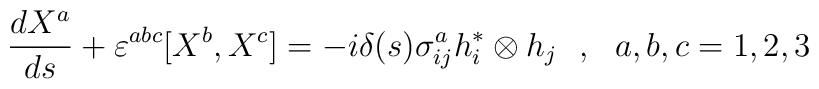
\frac{dX^{a}}{ds}+\varepsilon^{abc}[X^{b},X^{c}]=-i\delta(s)\sigma^{a}_{ij}h_{i}^{\ast}\otimes h_{j}~~, ~~a,b,c=1,2,3